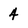
Character: 4